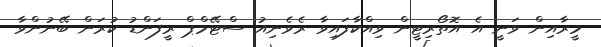
މީރާއިން ވަނީ އެ އޮތޯރިޓީން ވިއްކާފައިވާ ރެވެނިއު ސްޓޭމްޕް ރީފަންޑު ކުރަން ބޭނުންވާ